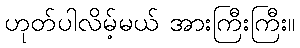
ဟုတ်ပါလိမ့်မယ် အားကြီးကြီး။